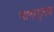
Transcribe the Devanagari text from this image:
भाषामूलक